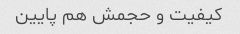
کیفیت و حجمش هم پایین